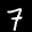
Label: 7